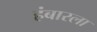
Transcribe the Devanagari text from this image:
हंबारला